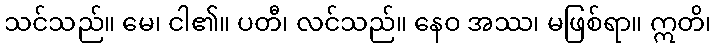
သင်သည်။ မေ၊ ငါ၏။ ပတီ၊ လင်သည်။ နေဝ အဿ၊ မဖြစ်ရာ။ ဣတိ၊